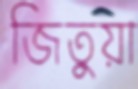
জিতুয়া